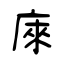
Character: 庲